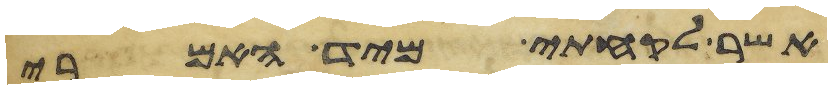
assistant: אשר לקחתי מיד האמרי